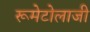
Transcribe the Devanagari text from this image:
रूमेटोलाजी